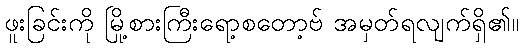
ဖူးခြင်းကို မြို့စားကြီးရော့စတော့ဗ် အမှတ်ရလျက်ရှိ၏။